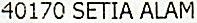
40170 SETIA ALAM